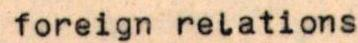
foreign relations